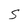
Character: S